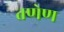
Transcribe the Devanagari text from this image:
तणेण